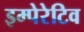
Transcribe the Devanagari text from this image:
इम्पेरेटिव